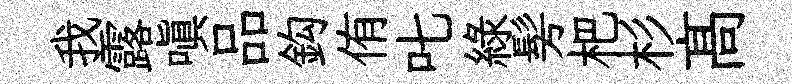
我露嗔品鈎侑叱綠髣杷杉髙